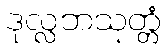
ဒုလ္လဘသုတ္တံ